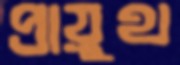
প্রায়ুথ